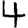
Digit: 4